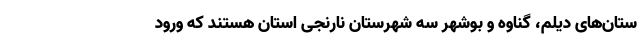
ستان‌های دیلم، گناوه و بوشهر سه شهرستان نارنجی استان هستند که ورود